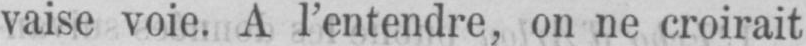
vaise voie. A l’entendre, on ne croirait